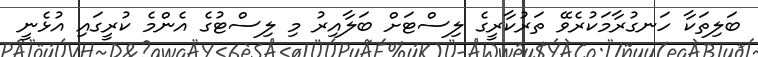
ބަލިތަކާ ހަނގުރާމަކުރެވޭ ތަރުކާރީގެ ލިސްޓަށް ބަލާއިރު މި ލިސްޓުގެ އެންމެ ކުރީގައި އުޅެނީ